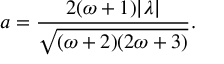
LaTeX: a = \frac { 2 ( \omega + 1 ) | \lambda | } { \sqrt { ( \omega + 2 ) ( 2 \omega + 3 ) } } .